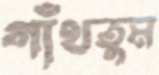
গাঁথতুম